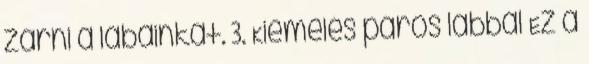
zárni a lábainkat. 3. Kiemelés páros lábbal Ez a